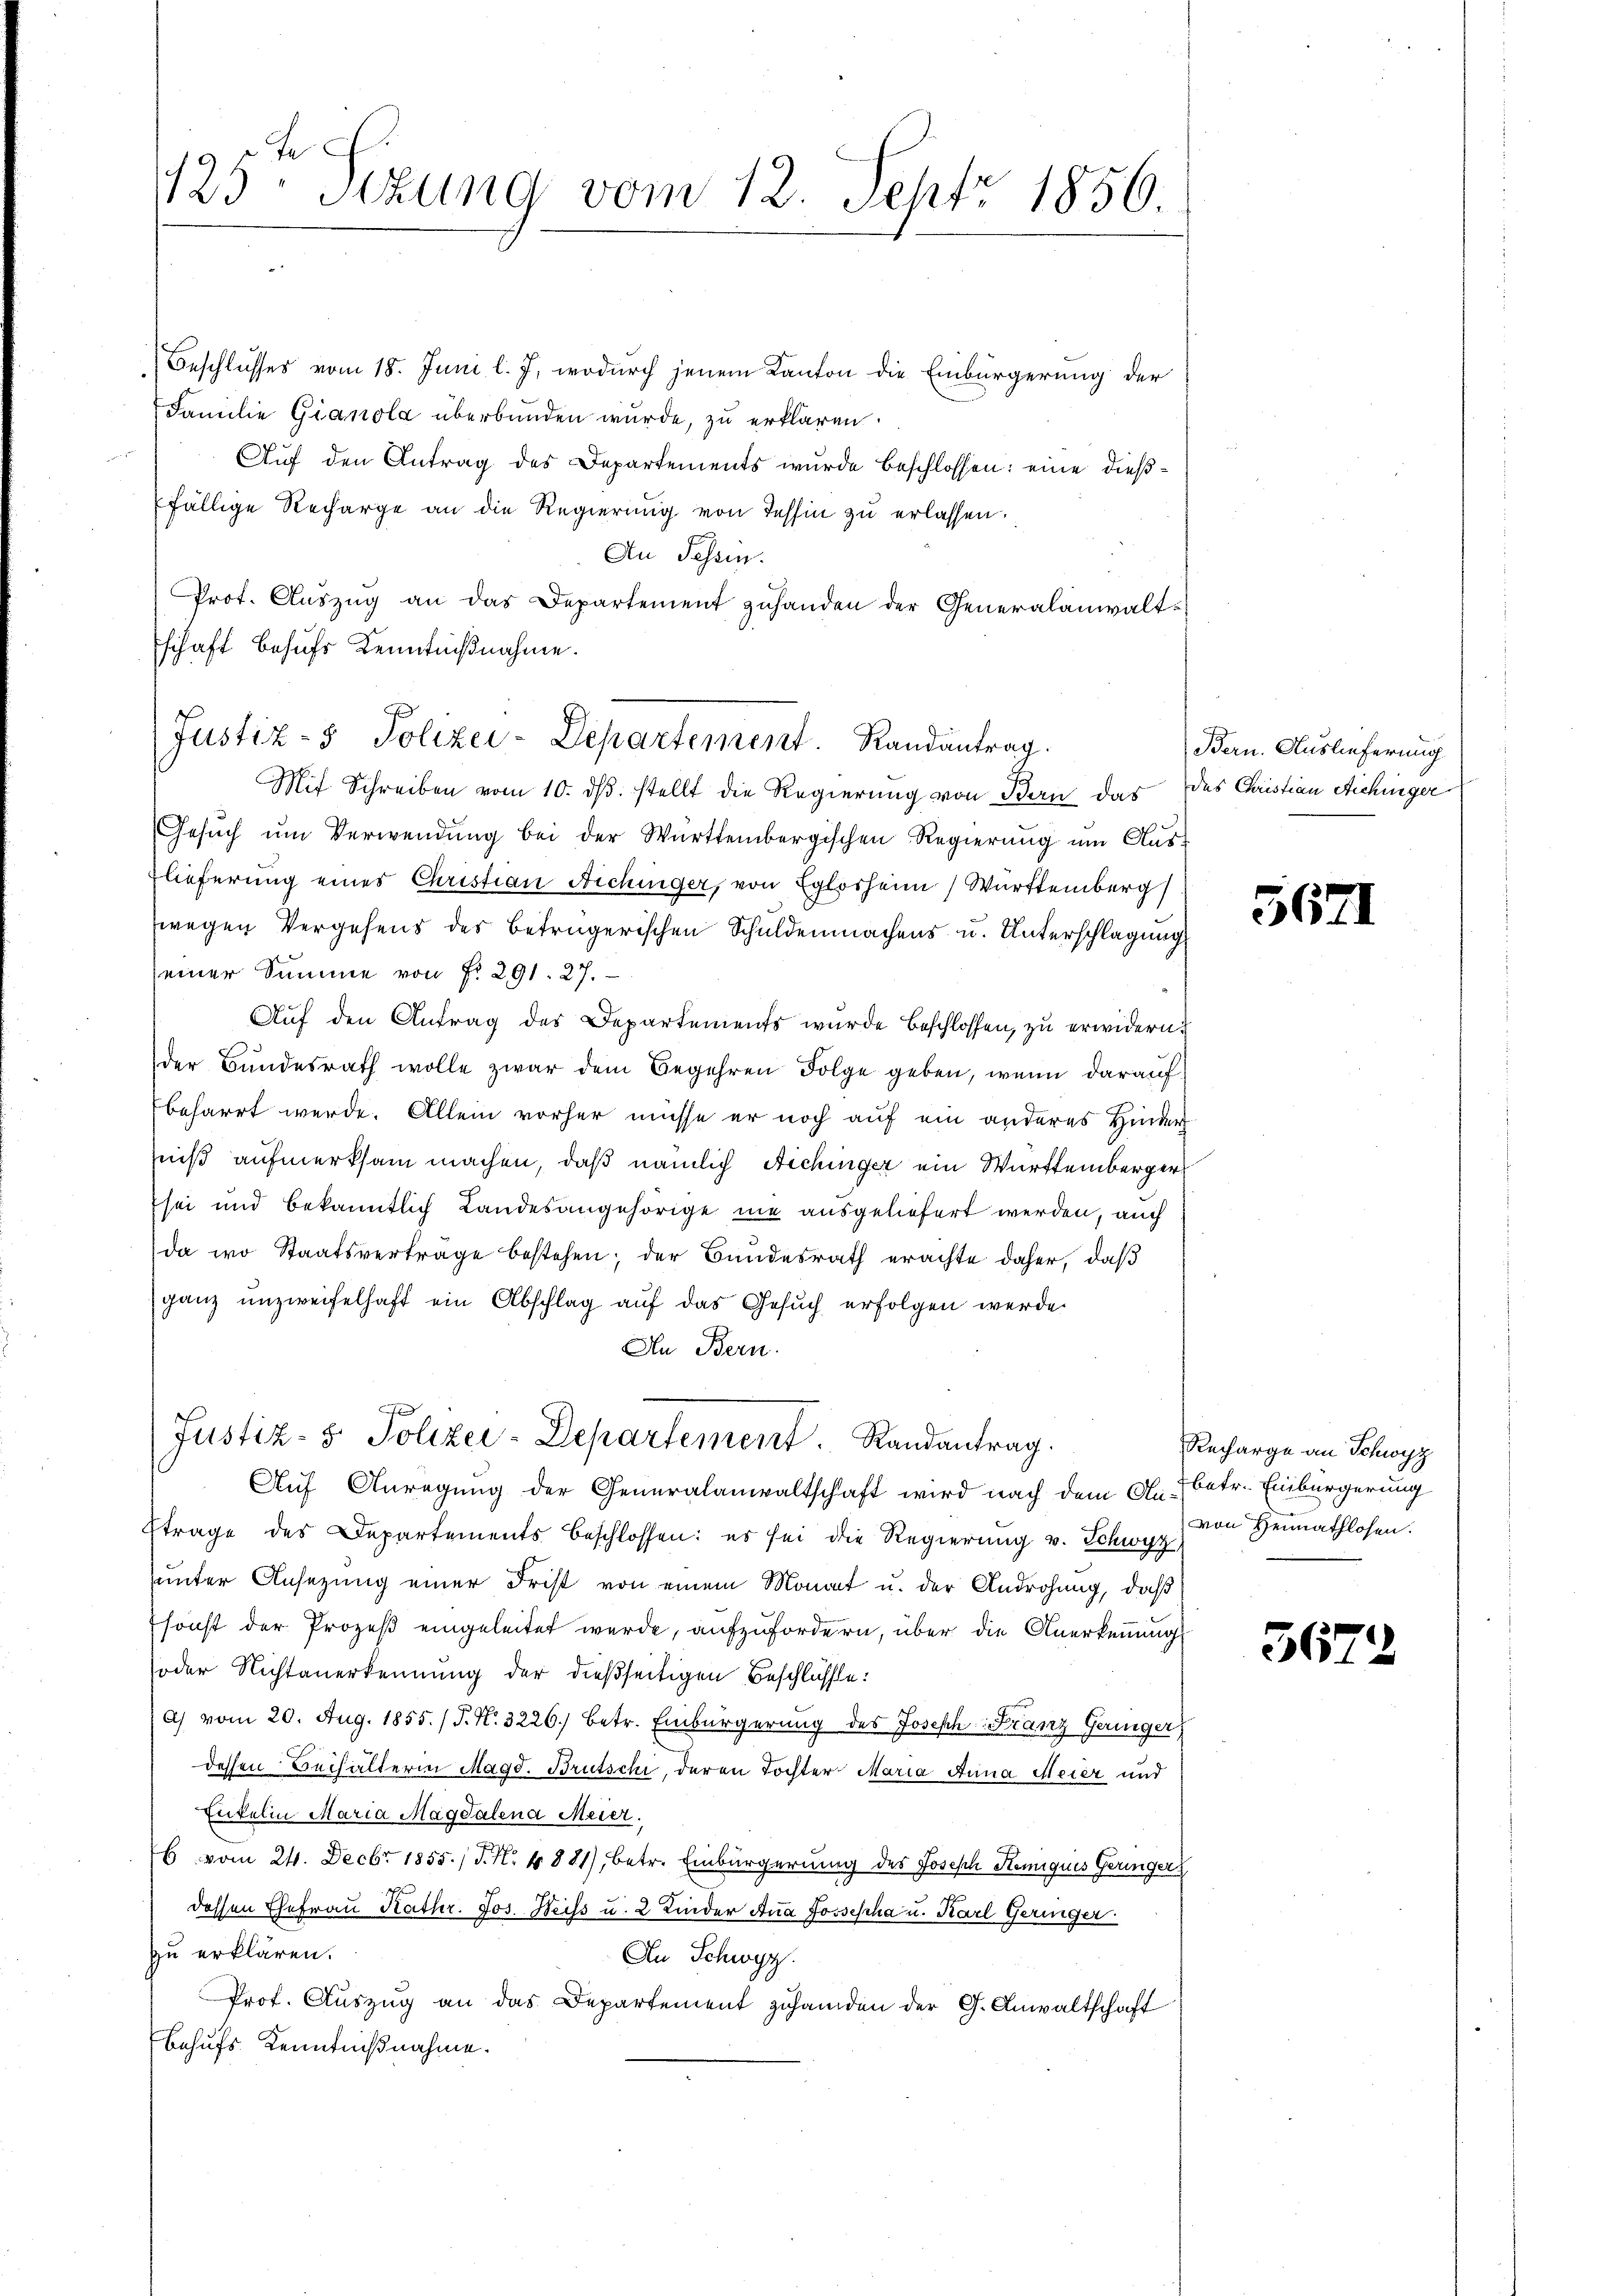
Beschlusses vom 18. Juni l. J. wodurch jenem Kanton die Einbürgerung der
Familie Gianola überbunden wurde, zu erklären.
Auf den Antrag des Departements wurde beschlossen: eine dießfällige Recharge an die Regierŭng von Tessin zŭ erlassen.
An Sessen.
Prot. Aŭszŭg an das Departement zuhanden der Generalanwaltschaft behufs Kenntnißnahme.

125. Sekung vom 12. Sept. 1856.

Justiz- & Polizei-Departement. Randantrag.
Mit Schreiben vom 10. ds. stellt die Regierung von Bern das des Christian Aichinger

Gesŭch ŭm Verwendŭng bei der Württembergischen Regierŭng ŭm Clas-
lieferung eines Christian Aichinger, von Eglosheim Württemberg
wegen Vergehens des betrügerischen Schuldenmachens u. Unterschlagung
seiner Summe von § 291. 27.
Auf den Antrag des Departements wurde beschlossen, zu erwidern.
der Bundesrath wolle zwar dem Begehren Folge geben, wenn darauf
beharrt werde. Allein vorher müsse er noch auf ein anderes Hinder
niß aufmerksam machen, daß nämlich Aichinger ein Württemberger
sei und bekanntlich Landesangehörige nie ausgeliefert werden, auch
da wo Staatsvertrage bestehen; der Bundesrath erachte daher, daß
ganz unzweifelhaft ein Abschlag auf das Gesuch erfolgen werde.
An Bern.
t

Justiz- & Polizei-Departement Randantrag.

Aŭf Anregŭng der Generalanwaltschaft wird nach dem Anbetr. Einbürgerung
Etrage des Departements beschlossen: es sei die Regierung v. Schwyz
unter Ansezung einer Frist von einem Monat u. der Androhung, daß
Esonst der Prozeß eingeleitet wurde, aufzufordern, über die Anerkennung
soder Nichtanerkennung der dießseitigen Beschlüsse:
) vom 20. Aug. 1855. / P. Nr. 3226.) betr. Einbürgerung des Joseph Franz Geringer
dessen Behälterin Magd. Brutschi, deren Tochter Maria Anna Meier und
Enkelin Maria Magdalena Meier.
6 vom 24. Decbr 1855.) J. N. 4881), betr. Einbürgerung des Joseph Semiques Geringer
dessen Ehefrau Kathr. Jos. Weiss u. 2 Kinder Ana Josepha u. Karl Geringer
zu erklären.
An Schwyz.
Prof. Auszug an das Departement zuhanden der G. Anwaltschaft
Behufs Kenntnißnahme.

Bern. Auslieferung

562

Recharge an Schwyz
von Heimathlosen.

3672